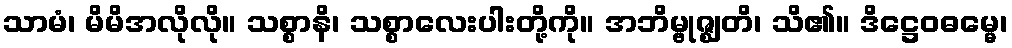
သာမံ၊ မိမိအလိုလို။ သစ္စာနိ၊ သစ္စာလေးပါးတို့ကို။ အဘိမ္ဗုဇ္ဈတိ၊ သိ၏။ ဒိဋ္ဌေဝဓမ္မေ၊